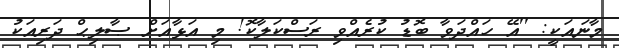
މާނައަކީ: ''އޭ ހައްދަވާ ބޮޑު ކުރެއްވި ރަސްކަލާކޮ! މި އަޅާއަށް ޞާލިޙް ދަރިއަކު